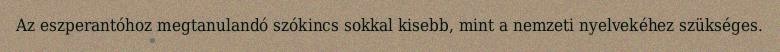
Az eszperantóhoz megtanulandó szókincs sokkal kisebb, mint a nemzeti nyelvekéhez szükséges.